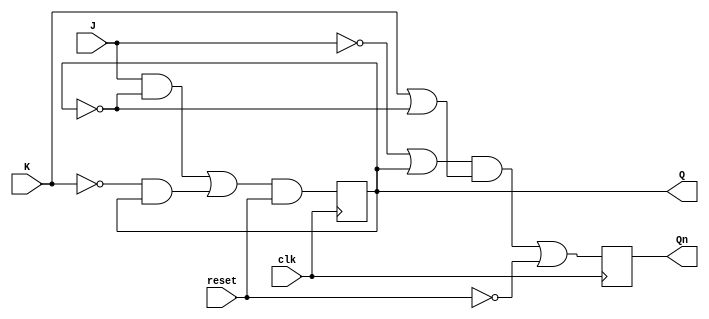
module JK_FF
	(
	input J,
	input K,
	input clk,
	input reset,
	output reg Q,
	output reg Qn
	);
		
always @(posedge clk)
begin
	Q <= ((J&~Q)|(~K&Q))&reset;    //Q(n+1) = (J.!Qn)+(!K.Qn)
	Qn <= ((~J|Q)&(K|~Q))|~reset;
end

endmodule